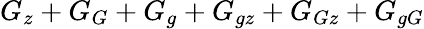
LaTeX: G_{z}+G_{G}+G_{g}+G_{gz}+G_{Gz}+G_{gG}